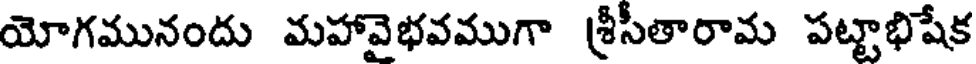
యోగమునందు మహావైభవముగా శ్రీసీతారామ పట్టాభిషేక